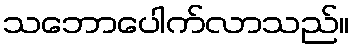
သဘောပေါက်လာသည်။